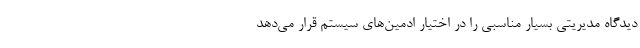
دیدگاه مدیریتی بسیار مناسبی را در اختیار ادمین‌های سیستم قرار می‌دهد